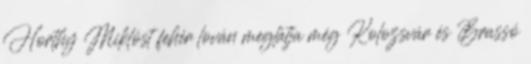
Horthy Miklóst fehér lován meglátja még Kolozsvár és Brassó